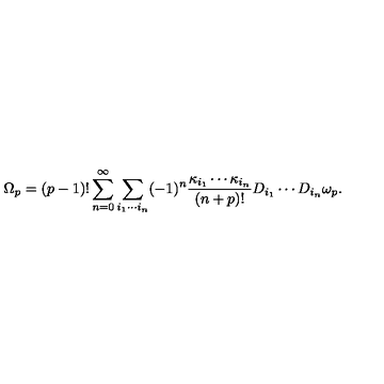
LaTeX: \Omega _ { p } = ( p - 1 ) ! \sum _ { n = 0 } ^ { \infty } \sum _ { i _ { 1 } \cdots i _ { n } } ( - 1 ) ^ { n } { \frac { \kappa _ { i _ { 1 } } \cdots \kappa _ { i _ { n } } } { ( n + p ) ! } } D _ { i _ { 1 } } \cdots D _ { i _ { n } } \omega _ { p } .